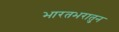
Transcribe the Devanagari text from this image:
भारतभरातुन